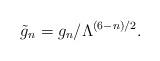
LaTeX: \begin{align*} \tilde{g}_n = g_n/\Lambda^{(6-n)/2}.\end{align*}